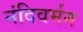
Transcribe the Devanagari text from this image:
नंदिवर्मन